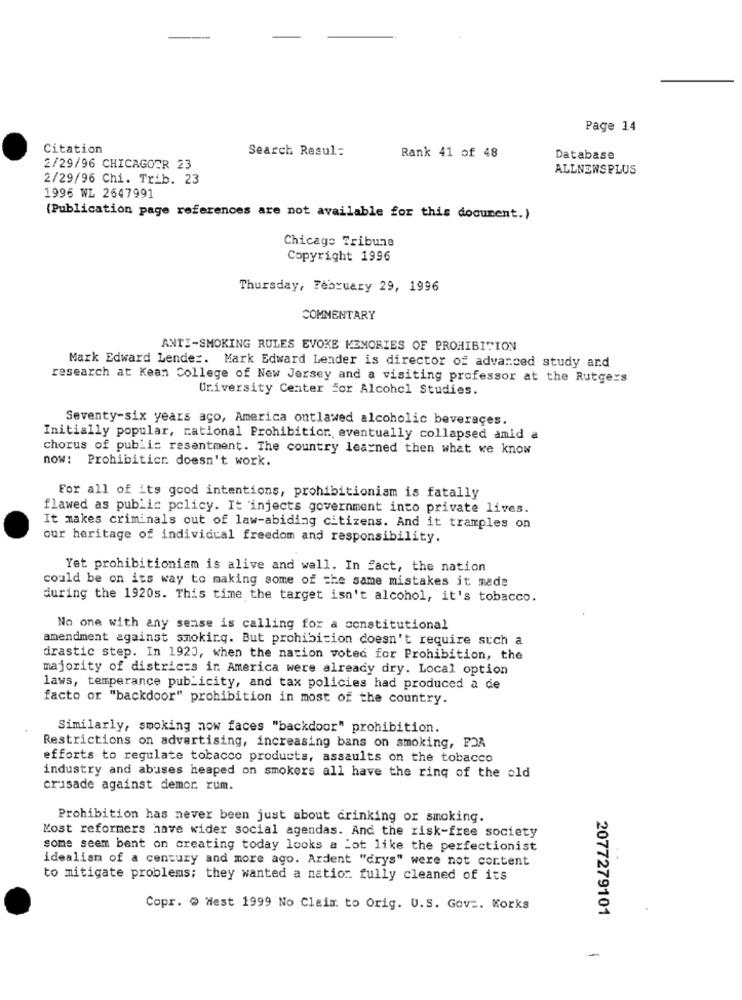
Page 14
Citation
Search Resul:
Rank 41 of 48
Database
2/29/96 CHICAGOER 23
ALLNEWSPLUS
2/29/96 Chi. Trib. 23
1996 WL 2647991
{Publication page references are not available for this document.)
Chicago Tribune
Copyright 1996
Thursday, February 29, 1996
COMMENTARY
ANTI-SMOKING RULES EVOKE MEMORIES OF PROHIBITION
Mark Edward Lender. Mark Edward Lender is director of advanced study and
research at Kean College of New Jersey and a visiting professor at the Rutgers
University Center For Alcohol Studies.
Seventy-six years ago, America outlawed alcoholic beverages.
Initially popular, rational Prohibition eventually collapsed amid a
chorus of public resentment. The country learned then what we know
now: Prohibitier doesn't work.
For all of its good intentions, prohibitionism is fatally
flawed as public policy. It injects government into private lives.
It makes criminals out of law-abiding citizens. And it tramples on
our heritage of individual freedom and responsibility.
Yet prohibitioniam is alive and wall. In fact, the nation
could be on its way to making some of the same mistakes it made
during the 1920s. This time the target isn't alcohol, it's tobacco.
No one with any sense is calling for a constitutional
amendment against smoking. But prohibition doesn't require such a
drastic step. In 1920, when the nation voted for Prohibition, the
majority of districts in America were already dry. Local option
laws, temperance publicity, and tax policies had produced a de
facto or "backdoor" prohibition in most of the country.
Similarly, smoking now faces "backdoor" prohibition.
Restrictions on advertising, increasing bans on smoking, PDA
efforts to regulate tobacco products, assaults on the tobacco
industry and abuses heaped on smokers all have the ring of the old
crusade against demor rum.
Prohibition has never been just about drinking or smoking.
Kost reformers have wider social agendas. And the risk-free society
some seem bent on creating today looks a Lot like the perfectionist
idealism of a century and more ago. Ardent "drys" were not content
to mitigate problems; they wanted a nation fully cleaned of its
Copr. @ West 1999 No Claim to Orig. U.S. Gov =. Korks
2077279101